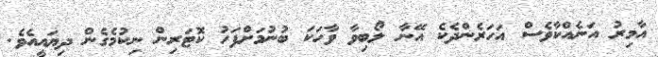
އާމިރު އަނެއްކާވެސް އަހަރެންދެކެ އޭނާ ލޯބިވާ ވާހަކަ ބުނުމަށްފަހު ކޮޓަރިން ނިކުމެގެން ދިޔައީއެވެ.